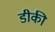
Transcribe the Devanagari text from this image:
डीकी